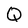
Character: Q